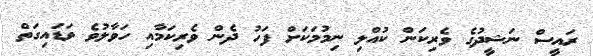
ރައީސް ނަޝީދުގެ ވެރިކަން ކުއްލި ނިމުމަކަށް ފަހު ދެން ވެރިކަމާއި ހަވާލުވެ ވަޑައިގަތް